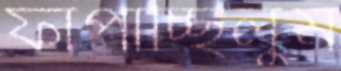
ফাঁপাচ্ছিলুম